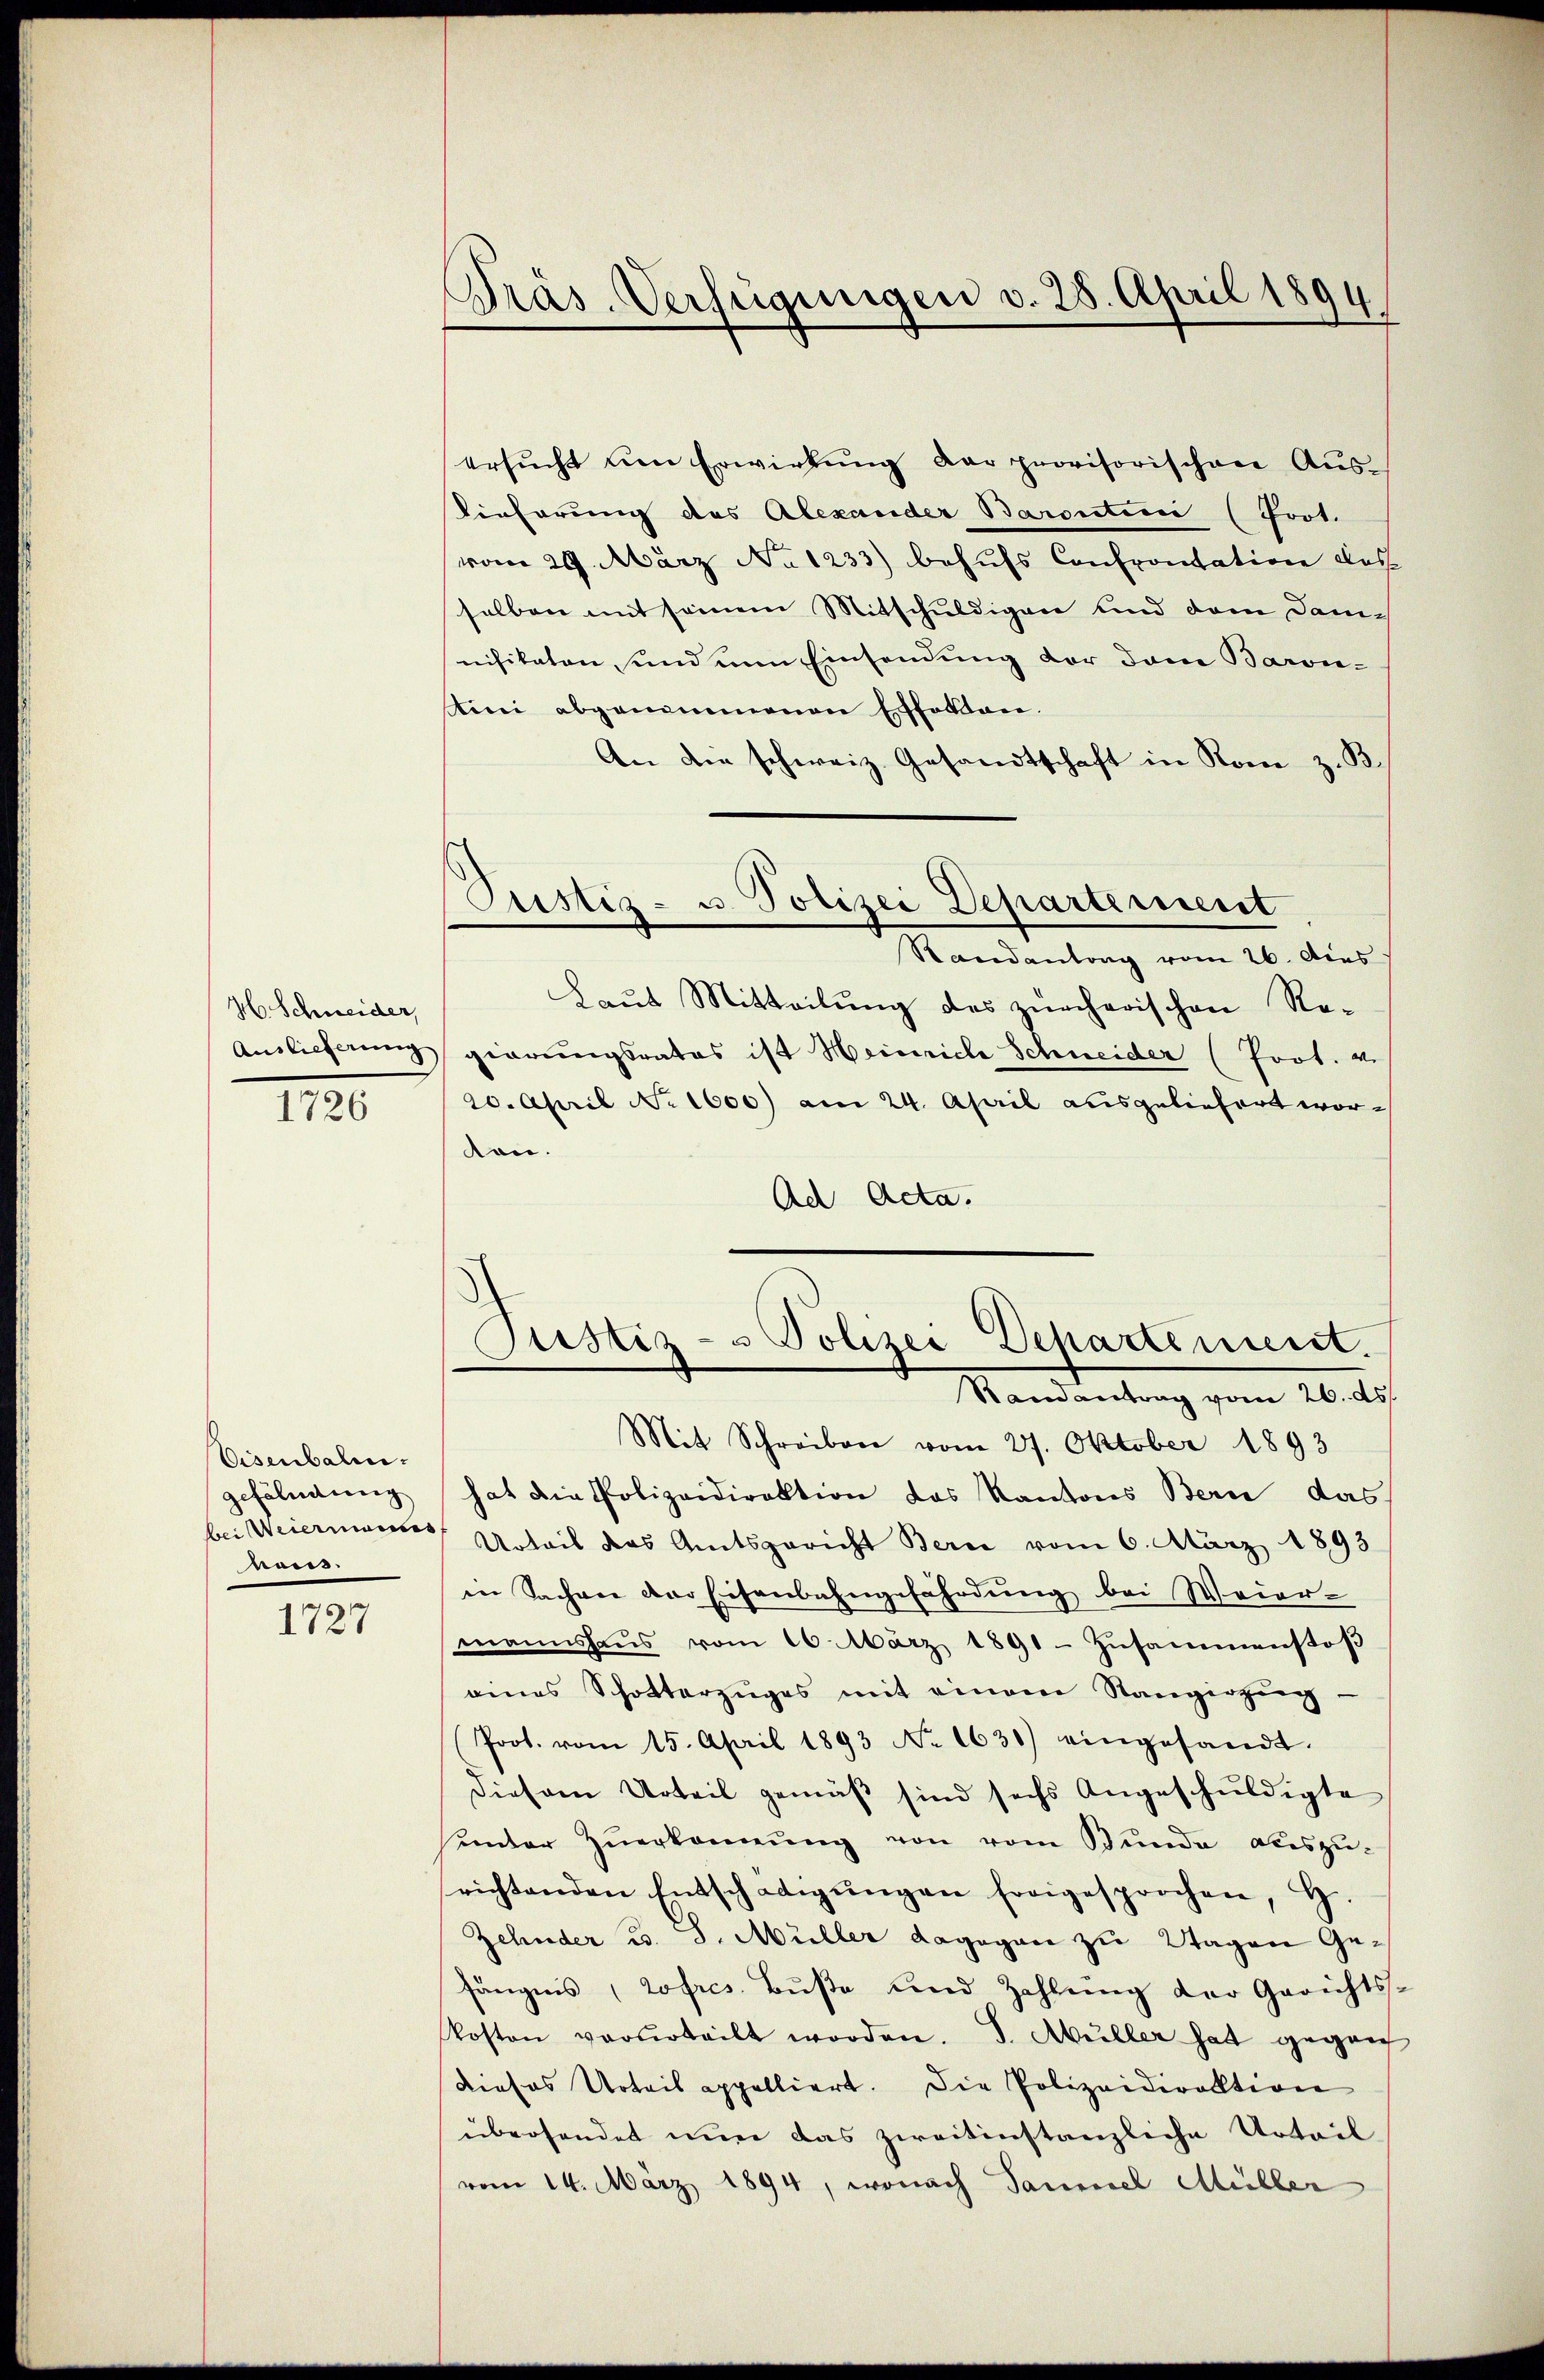
H. Schneider,
Auslieferung

1726

Eisenbali.
gefändung
haus.

1727

Präs. Verfügungen v. 28. April 1894

ersŭcht um Erwirkŭng der provisorischen Aŭs-
Kieferung des Alexander Barontini (fort.
vom 29. März No 1233) behufs Confrontation des
selben mit seinem Mitschuldigen und dem Damnifikaten und um Einsendung vor dem Baron-
tini abgenommenen Erforden.
An die schweiz. Gesandtschaft in Rom z. B.
Randantrag vom 26. dies
Laut Mitteilŭng des zürcherischen Rogierungsrates ist Heinriche Schneider (Prot. v.
20. April No 1600) am 24. April ausgeliefert worton.
Ad Acta.
Justiz- u Polizei Departement.
Randantrag vom 26. ds.
Mit Schreiben vom 27. Oktober 1893
hat die Polizeidirektion das Kantons Bern das
bei Weiermannes Urteil das Amtsgericht Bern vom 6. März 1893
in Sachen der Eisenbahngefährdung bei Weier-
mannshaŭs vom 16. März 1891 Zŭsammenstoβ
eines Schotterzŭges mit einem Stangirzŭg
Prot. vom 15. April 1893 No 1631) eingesandt.
diesem Urteil gemäß sind sechs Angeschuldigte
inder Zuerkennung von vom Bunde auszurichtenden Entschädigŭngen forigesprochen, H.
Zehnder u. 8. Müller dagegen zu Wagen Gefängens, rofres. Buße und Zahlung der Gerichts-
kosten verurteilt worden. J. Müller hat gegen
dieses Urteil appelliert. Die Polizeidirektion
übersendet nun das zweitinstanzliche Urteil
vom 14. März 1894, wonach Sammel Müller

Justiz- u. Polizei Departement